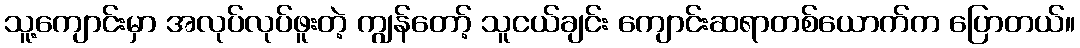
သူ့ကျောင်းမှာ အလုပ်လုပ်ဖူးတဲ့ ကျွန်တော့် သူငယ်ချင်း ကျောင်းဆရာတစ်ယောက်က ပြောတယ်။